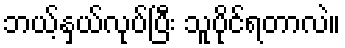
ဘယ့်နှယ်လုပ်ပြီး သူပိုင်ရတာလဲ။